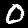
Label: 0